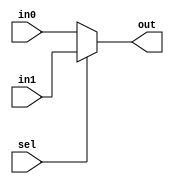
`timescale 1ns / 1ps
//////////////////////////////////////////////////////////////////////////////////
// Company: 
// Engineer: 
// 
// Design Name: 
// Module Name: mux2
// Project Name: 
// Target Devices: 
// Tool Versions: 
// Description: 
// 
// Dependencies: 
// 
// Revision:
// Revision 0.01 - File Created
// Additional Comments:
// 
//////////////////////////////////////////////////////////////////////////////////


module mux2(input [3:0] in0,
            input [3:0] in1,   // 4 biti
            input sel, // vectori de 2 alegeri
            output [3:0] out); //output wire out
            
assign out = (sel == 1) ? in1 : in0;

endmodule